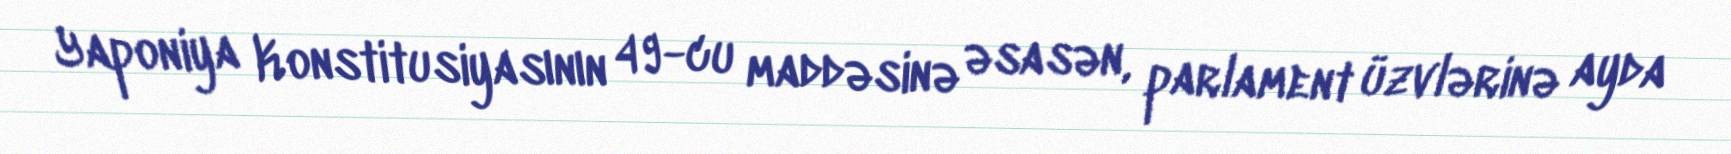
Yaponiya Konstitusiyasının 49-cu maddəsinə əsasən, parlament üzvlərinə ayda